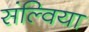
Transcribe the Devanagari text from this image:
संल्विया